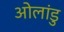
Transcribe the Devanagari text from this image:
ओलांडु